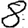
Digit: 8